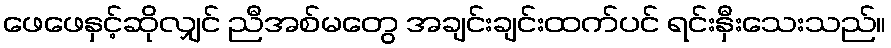
ဖေဖေနှင့်ဆိုလျှင် ညီအစ်မတွေ အချင်းချင်းထက်ပင် ရင်းနှီးသေးသည်။